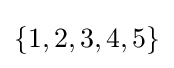
\{1,2,3,4,5\}